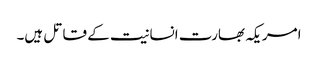
امریکہ بھارت انسانیت کے قاتل ہیں۔